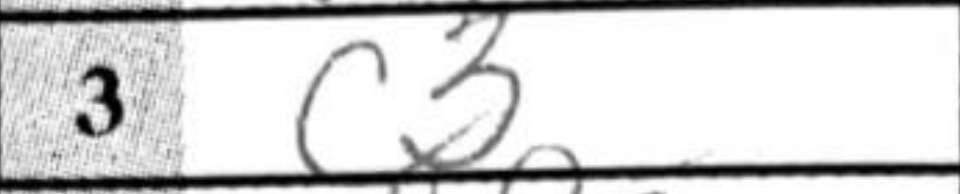
Transcription: c3